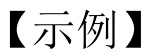
【示例】